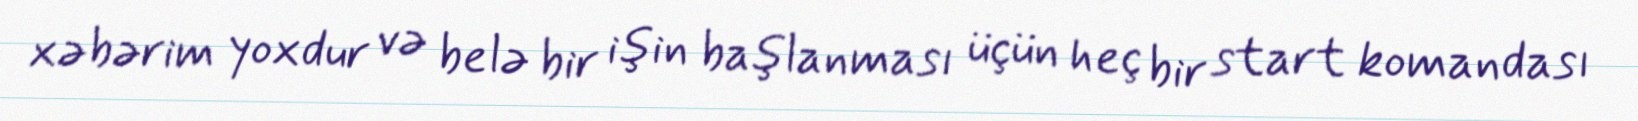
xəbərim yoxdur və belə bir işin başlanması üçün heç bir start komandası